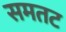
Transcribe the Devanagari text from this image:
समतट